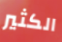
الكثير